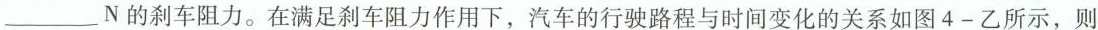
___N的刹车阻力。在满足刹车阻力作用下，汽车的行驶路程与时间变化的关系如图4-乙所示，则